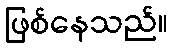
ဖြစ်နေသည်။